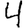
Digit: 4